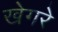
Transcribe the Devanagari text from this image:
खेगरे